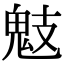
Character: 鬾